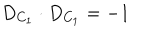
D _ { C _ { 1 } } \cdot D _ { C _ { 1 } } = - 1